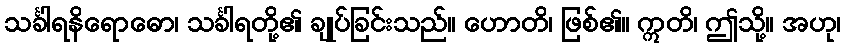
သင်္ခါရနိရောဓော၊ သင်္ခါရတို့၏ ချုပ်ခြင်းသည်။ ဟောတိ၊ ဖြစ်၏။ ဣတိ၊ ဤသို့။ အဟု၊